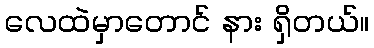
လေထဲမှာတောင် နား ရှိတယ်။